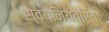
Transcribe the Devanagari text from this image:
स्वयंनियंत्रित